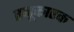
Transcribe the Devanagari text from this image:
तनूकारक